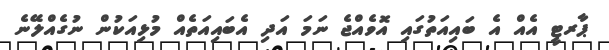
ޕާރޓީ އެއް އެ ބައިއަތުގައި އޮވެއްޖެ ނަމަ އަދި އެބައިއަތެއް މުޅިއަކުން ނުގެއްލޭނެ